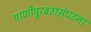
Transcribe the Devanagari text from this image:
पाणीपुरवठासंघटना